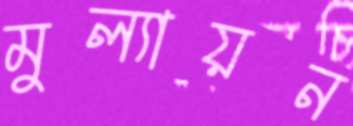
মুল্যায়ন